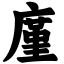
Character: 廑